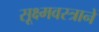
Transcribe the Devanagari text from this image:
सूक्ष्मवस्त्रानें